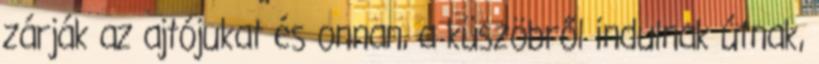
zárják az ajtójukat és onnan, a küszöbről indulnak útnak,